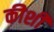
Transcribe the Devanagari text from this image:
कीशी